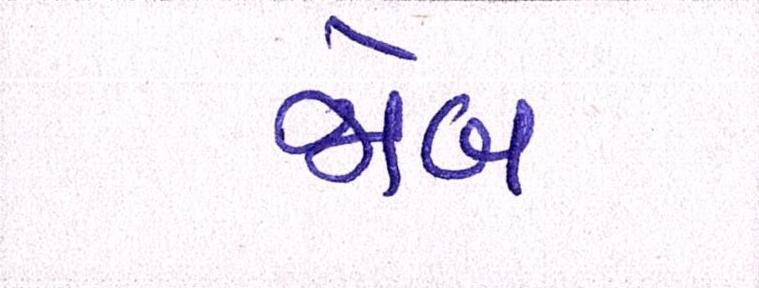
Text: જોબ